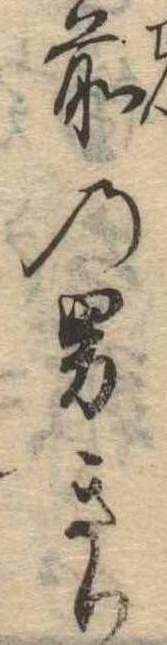
前の男きり